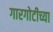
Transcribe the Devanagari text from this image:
गारगोटीच्या